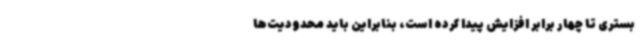
بستری تا چهار برابر افزایش پیدا کرده است، بنابراین باید محدودیت‌ها